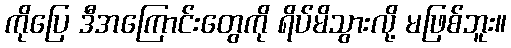
ကိုပြေ ဒီအကြောင်းတွေကို ရိပ်မိသွားလို့ မဖြစ်ဘူး။